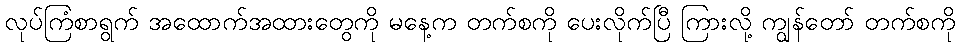
လုပ်ကြံစာရွက် အထောက်အထားတွေကို မနေ့က တက်စကို ပေးလိုက်ပြီ ကြားလို့ ကျွန်တော် တက်စကို